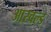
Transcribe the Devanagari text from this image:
आस्वल्ड